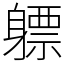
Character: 𬧯